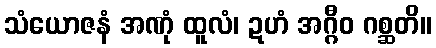
သံယောဇနံ အဏုံ ထူလံ၊ ဍဟံ အဂ္ဂီဝ ဂစ္ဆတိ။